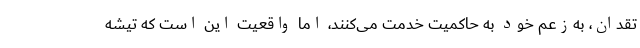
تقدان، به‌زعم خود به حاكمیت خدمت می‌كنند، اما واقعیت این است كه تیشه